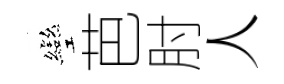
彎芭肘人